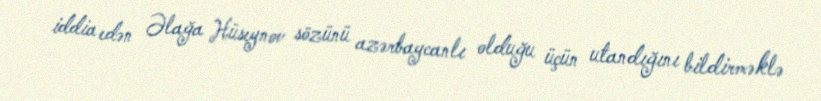
iddia edən Əlağa Hüseynov sözünü azərbaycanlı olduğu üçün utandığını bildirməklə